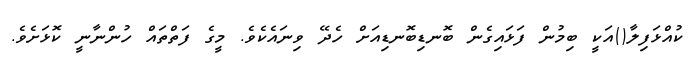
ކުއްޅަފިލާ()އަކީ ބިމުން ފަޅައިގެން ބޮނޑިބޮނޑިއަށް ހެދޭ ވިނައެކެވެ. މީގެ ފަތްތައް ހުންނާނީ ކޮޅަށެވެ.